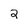
Character: 2